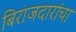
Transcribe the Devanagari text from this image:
बिराजदारांचा